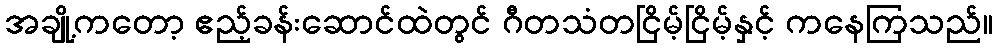
အချို့ကတော့ ဧည့်ခန်းဆောင်ထဲတွင် ဂီတသံတငြိမ့်ငြိမ့်နှင့် ကနေကြသည်။